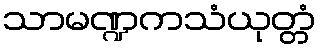
သာမဏ္ဍကသံယုတ္တံ